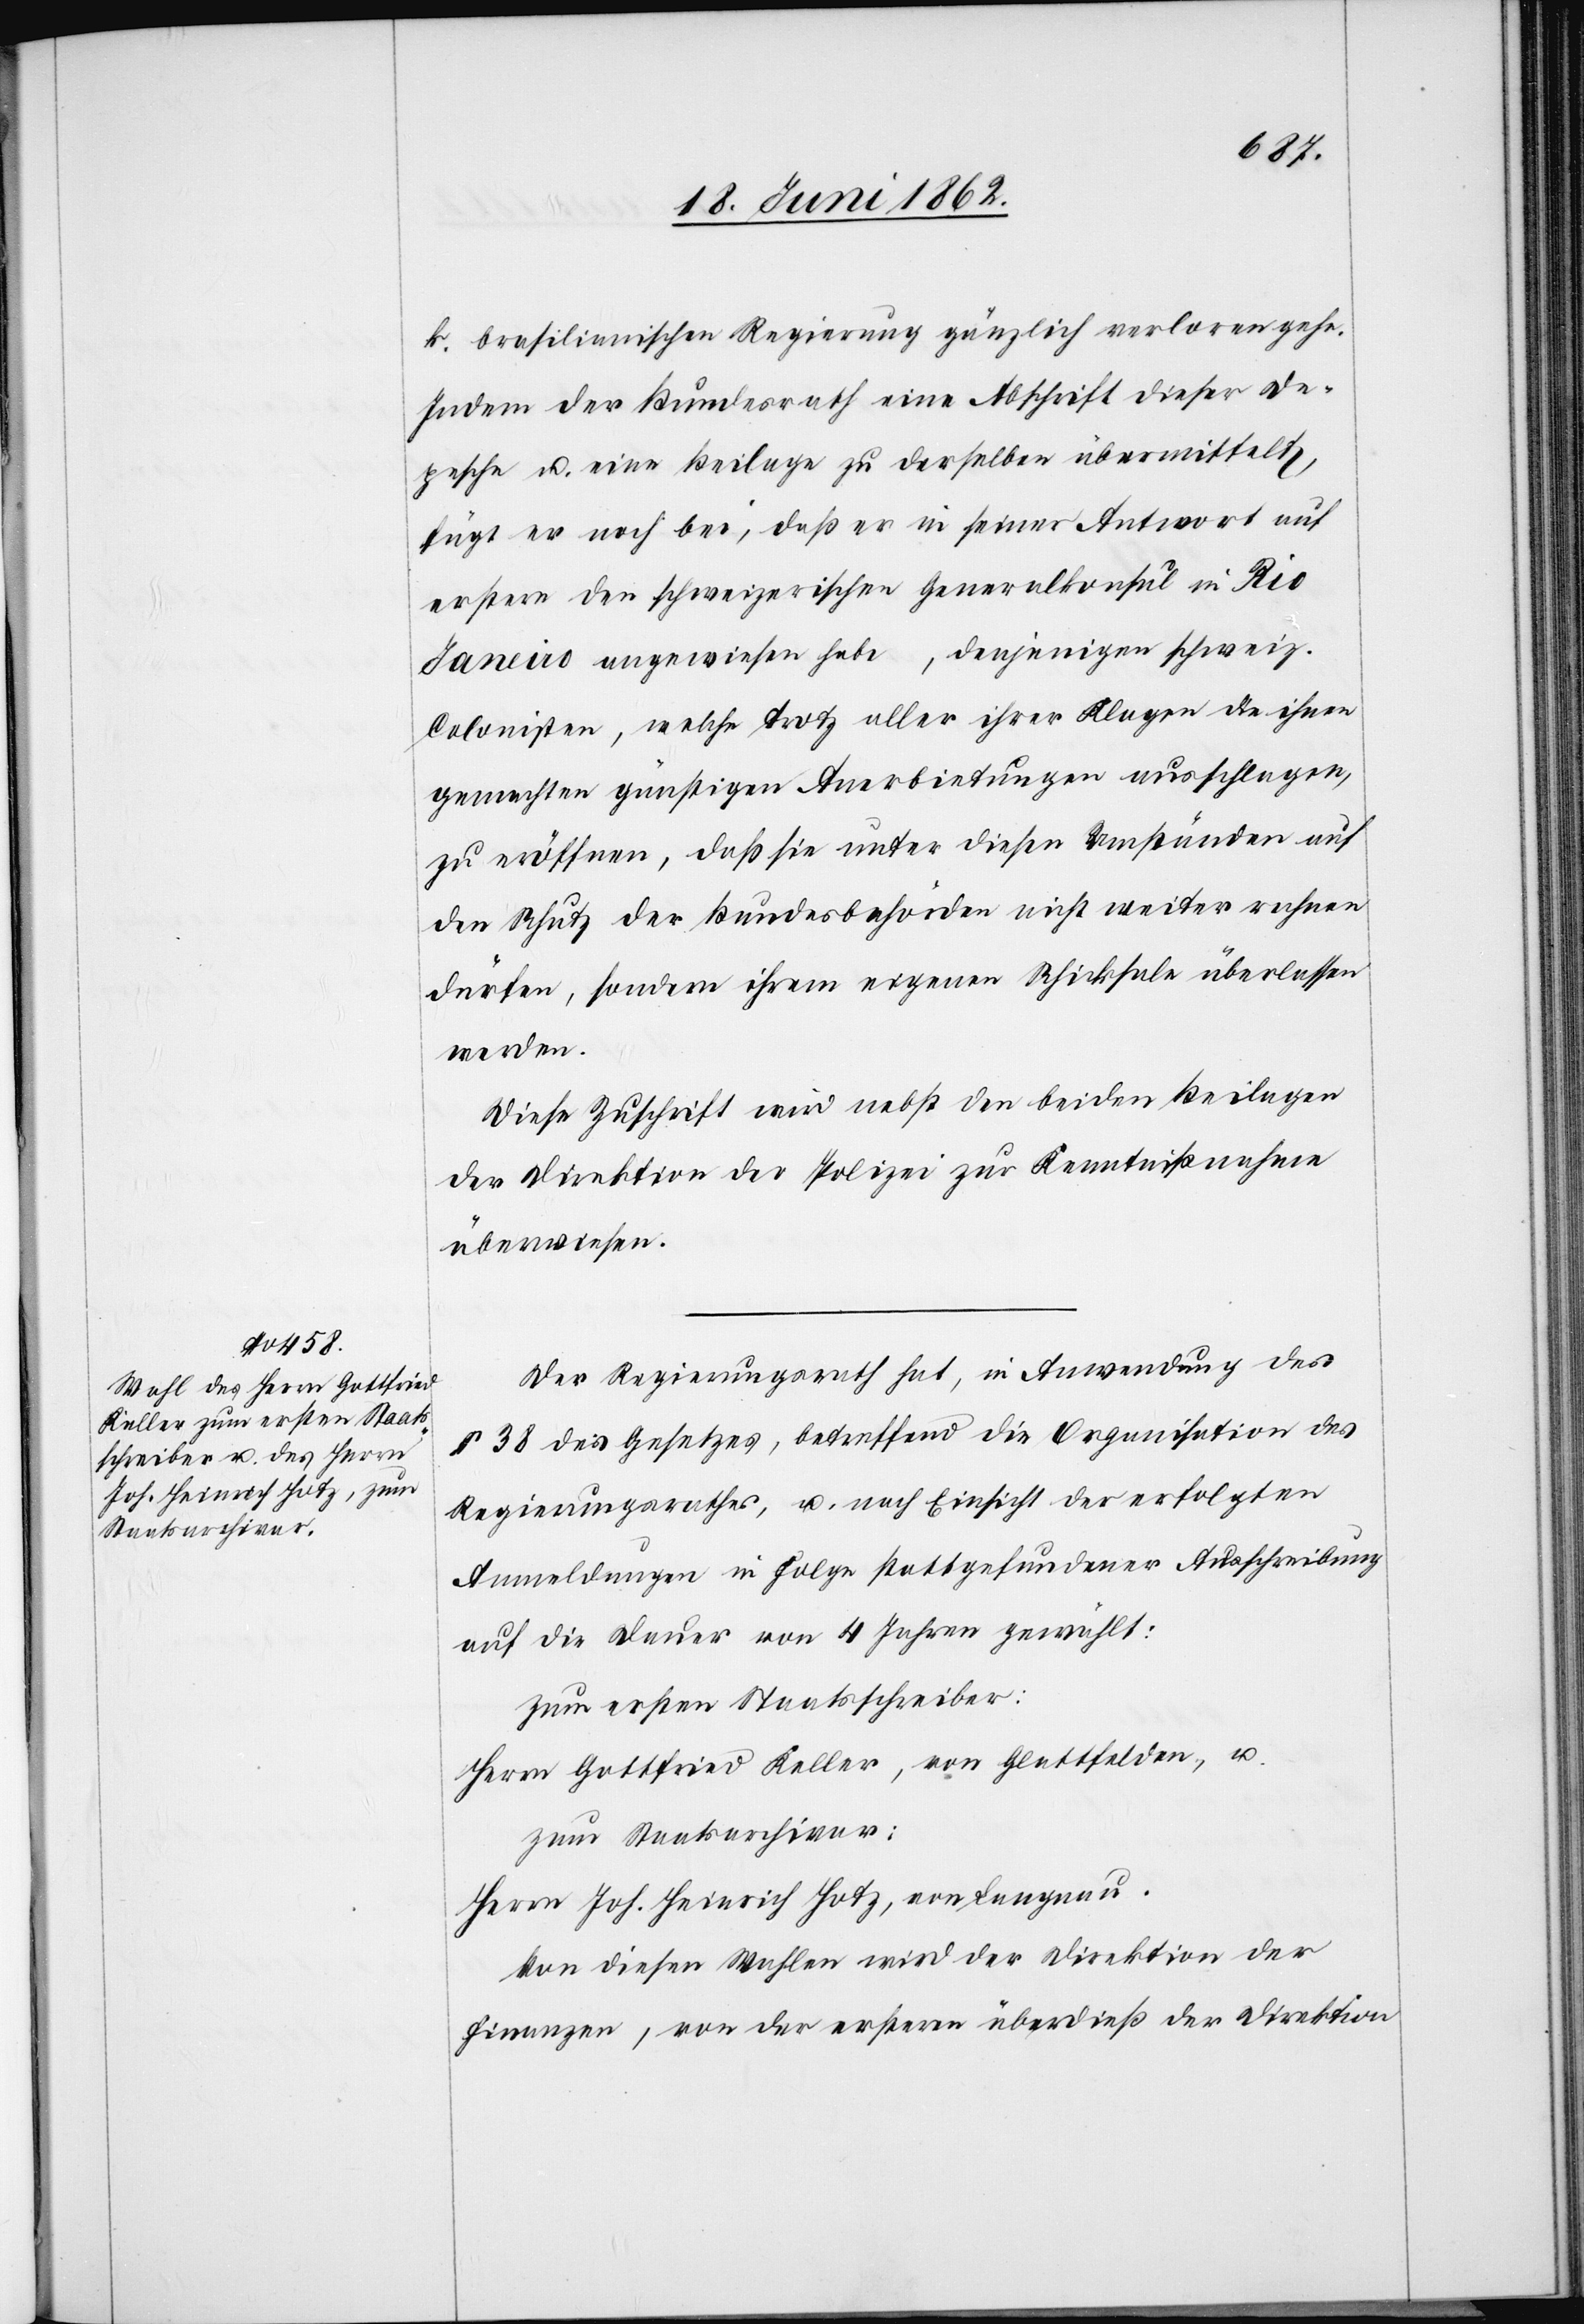
k. brasilianischen Regierung gänzlich verloren gehe.
Indem der Bundesrath eine Abschrift dieser De¬
pesche u. eine Beilage zu derselben übermittelt,
fügt er noch bei, daß er in seiner Antwort auf
erstere den schweizerischen Generalkonsul in Rio
Janeiro angewiesen habe, denjenigen schweiz.
Colonisten, welche trotz aller ihrer Klagen die ihnen
gemachten günstigen Anerbietungen ausschlagen,
zu eröffnen, daß sie unter diesen Umständen auf
den Schutz der Bundesbehörden nicht weiter rechnen
dürfen, sondern ihrem eigenen Schicksale überlassen
werden.
Diese Zuschrift wird nebst den beiden Beilagen
der Direktion der Polizei zur Kenntnißnahme
überwiesen.
Der Regierungsrath hat, in Anwendung des
§ 38 des Gesetzes, betreffend die Organisation des
Regierungsrathes, u. nach Einsicht der erfolgten
Anmeldungen in Folge stattgefundener Ausschreibung
auf die Dauer von 4 Jahren gewählt:
zum ersten Staatsschreiber:
Herrn Gottfried Keller, von Glattfelden, u.
zum Staatsarchivar:
Herrn Joh. Heinrich Hotz, von Langnau.
Von diesen Wahlen wird der Direktion der
Finanzen, von der ersteren überdieß der Direktion